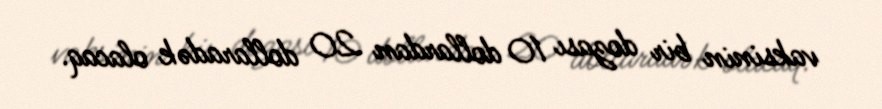
vaksinin bir dozası 10 dollardan 20 dollaradək olacaq.